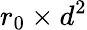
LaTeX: r_{0}\times d^{2}